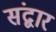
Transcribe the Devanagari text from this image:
संद्वार